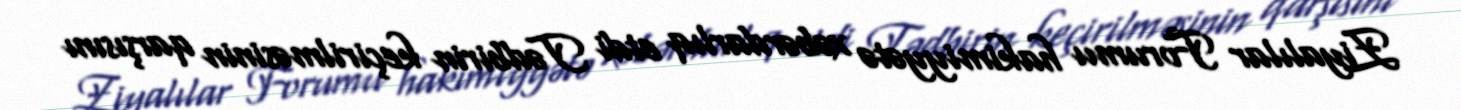
Ziyalılar Forumu hakimiyyətə xəbərdarlıq etdi Tədbirin keçirilməsinin qarşısını